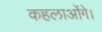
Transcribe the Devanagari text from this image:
कहलाओंगे।